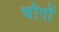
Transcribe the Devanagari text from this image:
चोग़ों